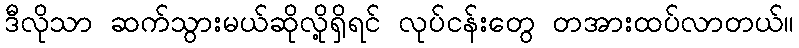
ဒီလိုသာ ဆက်သွားမယ်ဆိုလို့ရှိရင် လုပ်ငန်းတွေ တအားထပ်လာတယ်။